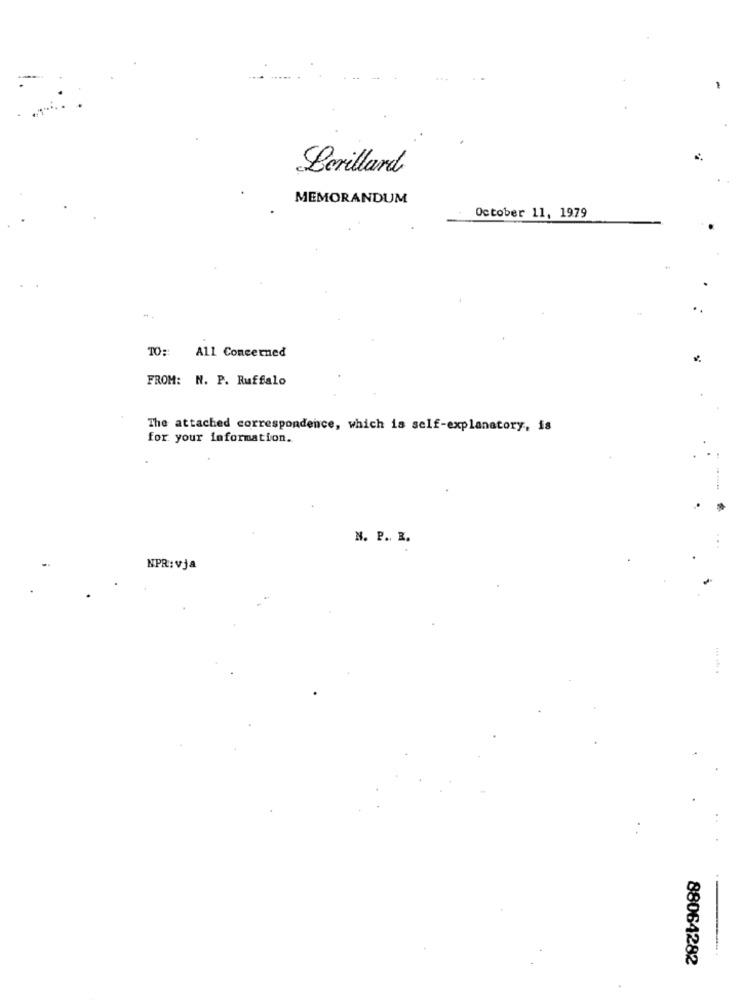
Bevillard
MEMORANDUM
October 11, 1979
1
TO: All Concerned
FROM: N. P. Ruffalo
The attached correspondence, which is self-explanatory, is
for your information.
N. P. R.
NPR:vja
88064282